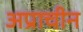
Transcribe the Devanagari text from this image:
अप्राचीन